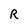
Character: R